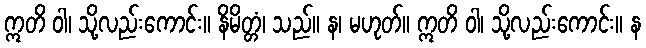
ဣတိ ဝါ၊ သို့လည်းကောင်း။ နိမိတ္တံ၊ သည်။ န၊ မဟုတ်။ ဣတိ ဝါ၊ သို့လည်းကောင်း။ န